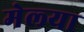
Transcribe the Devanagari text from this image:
मेल्‍या